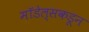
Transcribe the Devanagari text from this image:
मॉडेल्सकडून